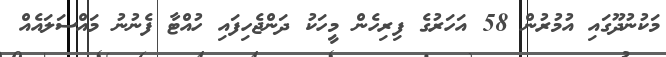
މަކުނުދޫގައި އުމުރުން 58 އަހަރުގެ ފިރިހެން މީހަކު ދަންޖެހިފައި ހުއްޓާ ފެނުނު މައްސަލައެއް